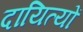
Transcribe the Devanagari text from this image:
दायित्यों